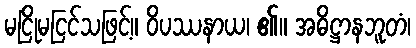
မငြိုမငြင်သဖြင့်။ ဝိပဿနာယ၊ ၏။ အဓိဋ္ဌာနဘူတံ၊